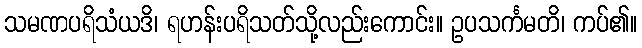
သမဏပရိသံယဒိ၊ ရဟန်းပရိသတ်သို့လည်းကောင်း။ ဥပသင်္ကမတိ၊ ကပ်၏။